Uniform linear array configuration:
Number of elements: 64
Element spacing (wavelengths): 0.75
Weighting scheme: binomial
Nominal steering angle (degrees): -30
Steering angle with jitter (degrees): -29.334
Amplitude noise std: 0.05
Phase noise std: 0.05

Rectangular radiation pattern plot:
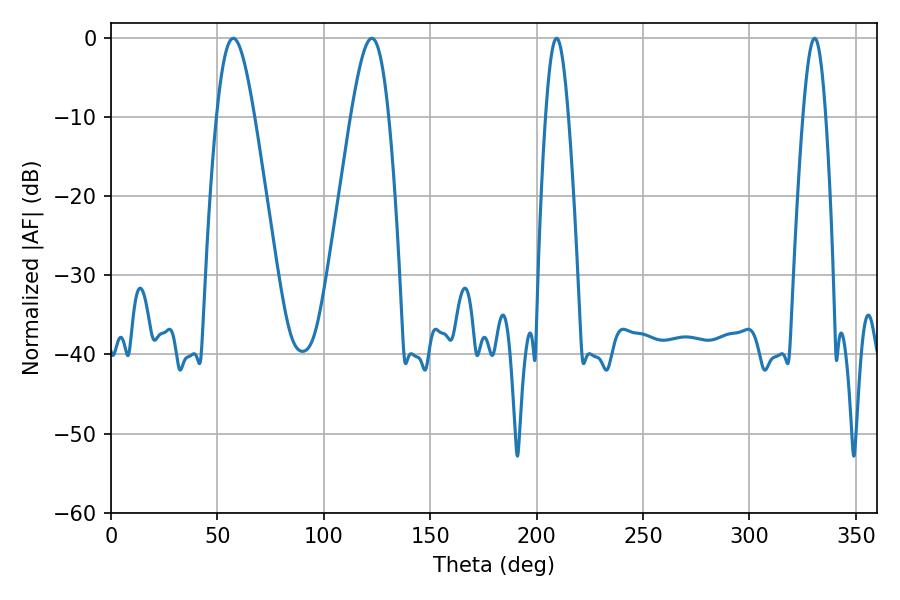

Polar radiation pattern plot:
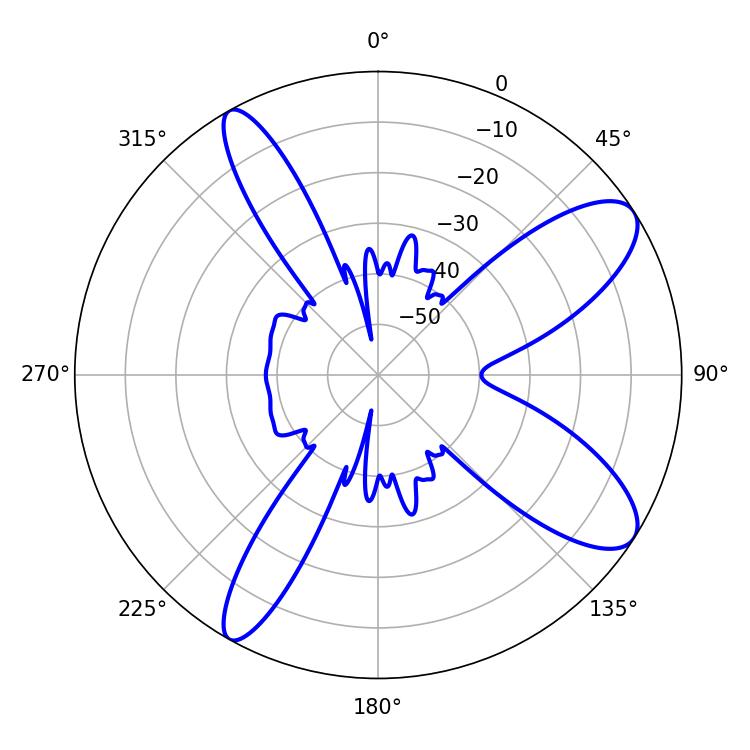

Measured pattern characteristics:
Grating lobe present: TRUE
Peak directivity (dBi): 9.997
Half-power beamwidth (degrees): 9.54
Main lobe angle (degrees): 57.42